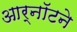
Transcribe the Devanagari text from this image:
आर्नॉटने